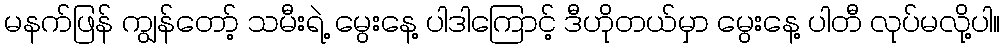
မနက်ဖြန် ကျွန်တော့် သမီးရဲ့ မွေးနေ့ ပါဒါကြောင့် ဒီဟိုတယ်မှာ မွေးနေ့ ပါတီ လုပ်မလို့ပါ။